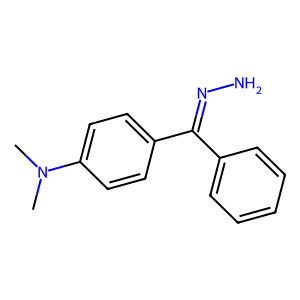
SMILES: CN(C)c1ccc(C(=NN)c2ccccc2)cc1
Inhibits HIV replication: No